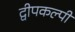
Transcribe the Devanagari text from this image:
द्वीपकल्पी